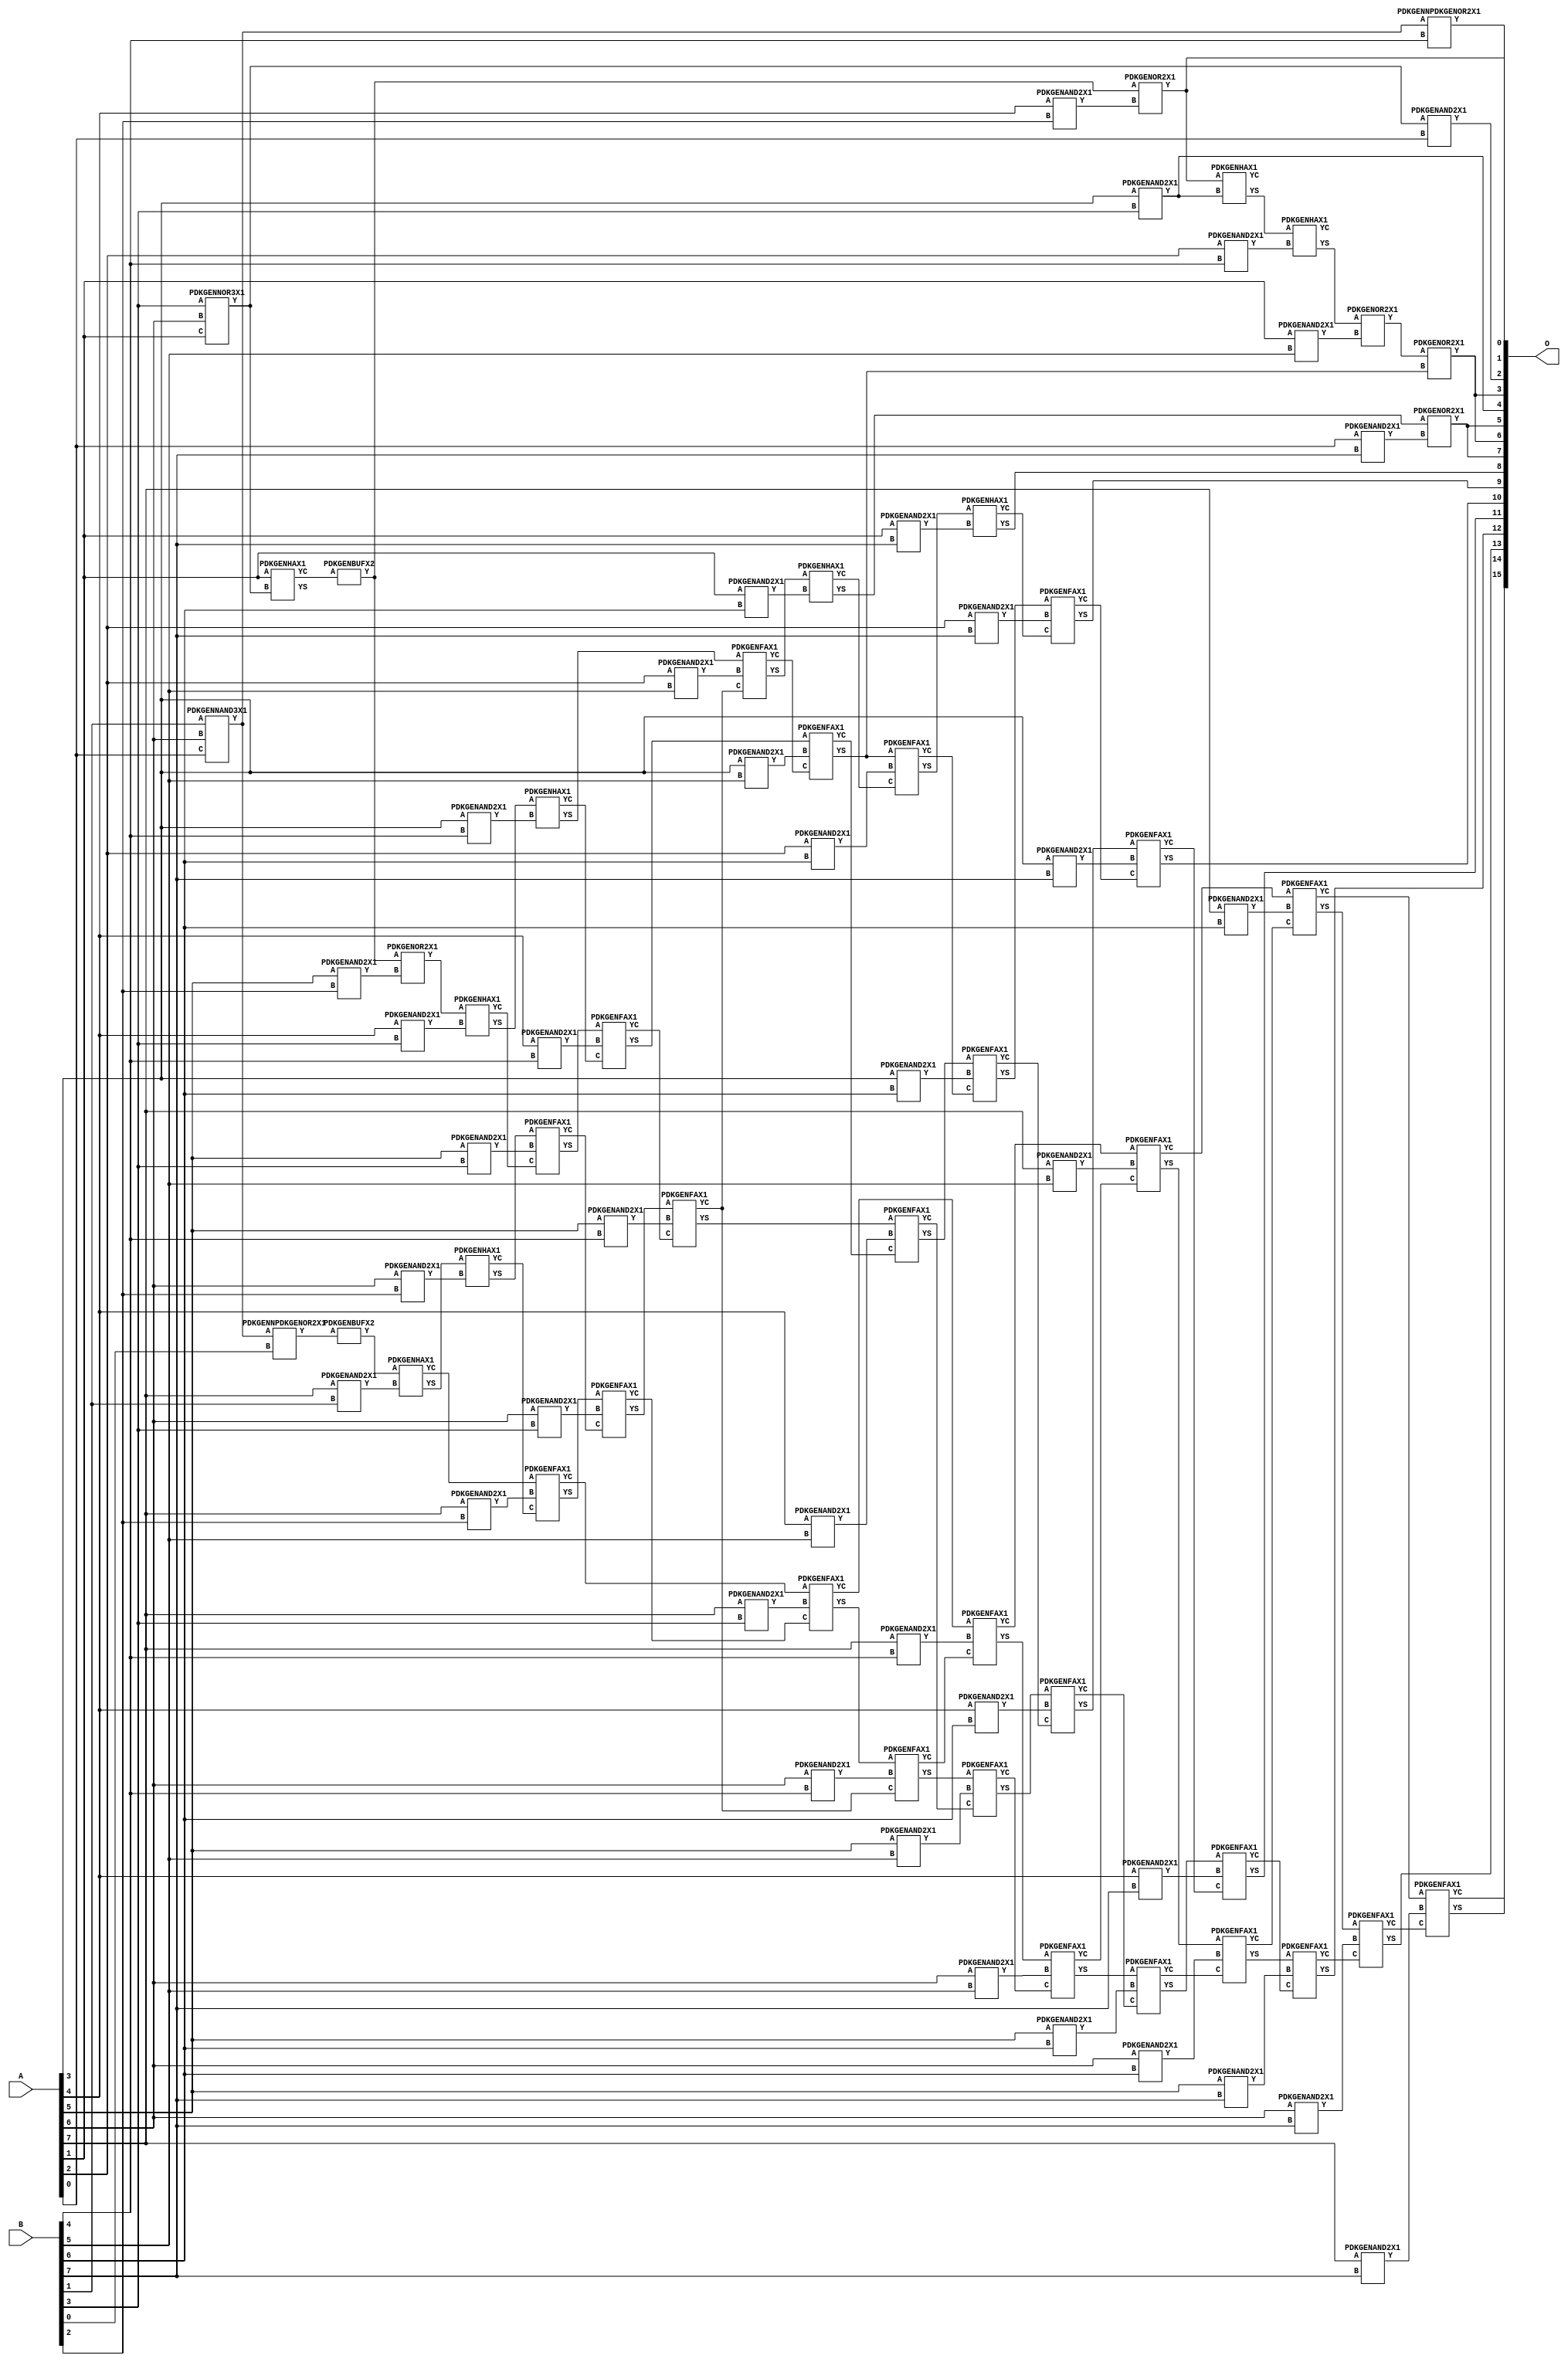
// Library = EvoApprox8b
// Circuit = mul8_332
// Area   (180) = 5444
// Delay  (180) = 4.080
// Power  (180) = 2486.50
// Area   (45) = 392
// Delay  (45) = 1.470
// Power  (45) = 215.50
// Nodes = 85
// HD = 313375
// MAE = 169.68161
// MSE = 48298.73731
// MRE = 4.28 %
// WCE = 1032
// WCRE = 400 %
// EP = 97.9 %

module mul8_332(A, B, O);
  input [7:0] A;
  input [7:0] B;
  output [15:0] O;
  wire [2031:0] N;

  assign N[0] = A[0];
  assign N[1] = A[0];
  assign N[2] = A[1];
  assign N[3] = A[1];
  assign N[4] = A[2];
  assign N[5] = A[2];
  assign N[6] = A[3];
  assign N[7] = A[3];
  assign N[8] = A[4];
  assign N[9] = A[4];
  assign N[10] = A[5];
  assign N[11] = A[5];
  assign N[12] = A[6];
  assign N[13] = A[6];
  assign N[14] = A[7];
  assign N[15] = A[7];
  assign N[16] = B[0];
  assign N[17] = B[0];
  assign N[18] = B[1];
  assign N[19] = B[1];
  assign N[20] = B[2];
  assign N[21] = B[2];
  assign N[22] = B[3];
  assign N[23] = B[3];
  assign N[24] = B[4];
  assign N[25] = B[4];
  assign N[26] = B[5];
  assign N[27] = B[5];
  assign N[28] = B[6];
  assign N[29] = B[6];
  assign N[30] = B[7];
  assign N[31] = B[7];

  PDKGENNAND3X1 n32(.A(N[18]), .B(N[12]), .C(N[0]), .Y(N[32]));
  assign N[33] = N[32];
  PDKGENNOR3X1 n38(.A(N[22]), .B(N[12]), .C(N[2]), .Y(N[38]));
  assign N[39] = N[38];
  PDKGENHAX1 n40(.A(N[2]), .B(N[38]), .YS(N[40]), .YC(N[41]));
  PDKGENNPDKGENOR2X1 n42(.A(N[33]), .B(N[16]), .Y(N[42]));
  assign N[43] = N[42];
  PDKGENBUFX2 n46(.A(N[43]), .Y(N[46]));
  assign N[47] = N[46];
  PDKGENNPDKGENOR2X1 n54(.A(N[33]), .B(N[24]), .Y(N[54]));
  PDKGENAND2X1 n82(.A(N[39]), .B(N[0]), .Y(N[82]));
  assign N[83] = N[82];
  PDKGENAND2X1 n282(.A(N[14]), .B(N[18]), .Y(N[282]));
  PDKGENBUFX2 n376(.A(N[41]), .Y(N[376]));
  assign N[377] = N[376];
  PDKGENHAX1 n414(.A(N[47]), .B(N[282]), .YS(N[414]), .YC(N[415]));
  PDKGENAND2X1 n498(.A(N[8]), .B(N[20]), .Y(N[498]));
  PDKGENAND2X1 n514(.A(N[10]), .B(N[20]), .Y(N[514]));
  PDKGENAND2X1 n532(.A(N[12]), .B(N[20]), .Y(N[532]));
  PDKGENAND2X1 n548(.A(N[14]), .B(N[20]), .Y(N[548]));
  PDKGENOR2X1 n632(.A(N[377]), .B(N[498]), .Y(N[632]));
  assign N[633] = N[632];
  PDKGENOR2X1 n648(.A(N[377]), .B(N[514]), .Y(N[648]));
  PDKGENHAX1 n664(.A(N[414]), .B(N[532]), .YS(N[664]), .YC(N[665]));
  PDKGENFAX1 n682(.A(N[415]), .B(N[548]), .C(N[665]), .YS(N[682]), .YC(N[683]));
  PDKGENAND2X1 n748(.A(N[6]), .B(N[22]), .Y(N[748]));
  assign N[749] = N[748];
  PDKGENAND2X1 n764(.A(N[8]), .B(N[22]), .Y(N[764]));
  PDKGENAND2X1 n782(.A(N[10]), .B(N[22]), .Y(N[782]));
  PDKGENAND2X1 n798(.A(N[12]), .B(N[22]), .Y(N[798]));
  PDKGENAND2X1 n814(.A(N[14]), .B(N[22]), .Y(N[814]));
  PDKGENHAX1 n882(.A(N[632]), .B(N[748]), .YS(N[882]), .YC(N[883]));
  PDKGENHAX1 n898(.A(N[648]), .B(N[764]), .YS(N[898]), .YC(N[899]));
  PDKGENFAX1 n914(.A(N[664]), .B(N[782]), .C(N[899]), .YS(N[914]), .YC(N[915]));
  PDKGENFAX1 n932(.A(N[682]), .B(N[798]), .C(N[915]), .YS(N[932]), .YC(N[933]));
  PDKGENFAX1 n948(.A(N[683]), .B(N[814]), .C(N[933]), .YS(N[948]), .YC(N[949]));
  PDKGENAND2X1 n998(.A(N[4]), .B(N[24]), .Y(N[998]));
  PDKGENAND2X1 n1014(.A(N[6]), .B(N[24]), .Y(N[1014]));
  PDKGENAND2X1 n1032(.A(N[8]), .B(N[24]), .Y(N[1032]));
  PDKGENAND2X1 n1048(.A(N[10]), .B(N[24]), .Y(N[1048]));
  PDKGENAND2X1 n1064(.A(N[12]), .B(N[24]), .Y(N[1064]));
  PDKGENAND2X1 n1082(.A(N[14]), .B(N[24]), .Y(N[1082]));
  PDKGENHAX1 n1132(.A(N[882]), .B(N[998]), .YS(N[1132]), .YC(N[1133]));
  PDKGENHAX1 n1148(.A(N[898]), .B(N[1014]), .YS(N[1148]), .YC(N[1149]));
  PDKGENFAX1 n1164(.A(N[914]), .B(N[1032]), .C(N[1149]), .YS(N[1164]), .YC(N[1165]));
  PDKGENFAX1 n1182(.A(N[932]), .B(N[1048]), .C(N[1165]), .YS(N[1182]), .YC(N[1183]));
  PDKGENFAX1 n1198(.A(N[948]), .B(N[1064]), .C(N[1183]), .YS(N[1198]), .YC(N[1199]));
  PDKGENFAX1 n1214(.A(N[949]), .B(N[1082]), .C(N[1199]), .YS(N[1214]), .YC(N[1215]));
  PDKGENAND2X1 n1248(.A(N[2]), .B(N[26]), .Y(N[1248]));
  PDKGENAND2X1 n1264(.A(N[4]), .B(N[26]), .Y(N[1264]));
  PDKGENAND2X1 n1282(.A(N[6]), .B(N[26]), .Y(N[1282]));
  PDKGENAND2X1 n1298(.A(N[8]), .B(N[26]), .Y(N[1298]));
  PDKGENAND2X1 n1314(.A(N[10]), .B(N[26]), .Y(N[1314]));
  PDKGENAND2X1 n1332(.A(N[12]), .B(N[26]), .Y(N[1332]));
  PDKGENAND2X1 n1348(.A(N[14]), .B(N[26]), .Y(N[1348]));
  PDKGENOR2X1 n1382(.A(N[1132]), .B(N[1248]), .Y(N[1382]));
  PDKGENFAX1 n1398(.A(N[1148]), .B(N[1264]), .C(N[1183]), .YS(N[1398]), .YC(N[1399]));
  PDKGENFAX1 n1414(.A(N[1164]), .B(N[1282]), .C(N[1399]), .YS(N[1414]), .YC(N[1415]));
  PDKGENFAX1 n1432(.A(N[1182]), .B(N[1298]), .C(N[1415]), .YS(N[1432]), .YC(N[1433]));
  PDKGENFAX1 n1448(.A(N[1198]), .B(N[1314]), .C(N[1433]), .YS(N[1448]), .YC(N[1449]));
  PDKGENFAX1 n1464(.A(N[1214]), .B(N[1332]), .C(N[1449]), .YS(N[1464]), .YC(N[1465]));
  PDKGENFAX1 n1482(.A(N[1215]), .B(N[1348]), .C(N[1465]), .YS(N[1482]), .YC(N[1483]));
  PDKGENAND2X1 n1514(.A(N[2]), .B(N[28]), .Y(N[1514]));
  PDKGENAND2X1 n1532(.A(N[4]), .B(N[28]), .Y(N[1532]));
  PDKGENAND2X1 n1548(.A(N[6]), .B(N[28]), .Y(N[1548]));
  PDKGENAND2X1 n1564(.A(N[8]), .B(N[28]), .Y(N[1564]));
  PDKGENAND2X1 n1582(.A(N[10]), .B(N[28]), .Y(N[1582]));
  PDKGENAND2X1 n1598(.A(N[12]), .B(N[28]), .Y(N[1598]));
  PDKGENAND2X1 n1614(.A(N[14]), .B(N[28]), .Y(N[1614]));
  PDKGENOR2X1 n1632(.A(N[1382]), .B(N[1414]), .Y(N[1632]));
  PDKGENHAX1 n1648(.A(N[1398]), .B(N[1514]), .YS(N[1648]), .YC(N[1649]));
  PDKGENFAX1 n1664(.A(N[1414]), .B(N[1532]), .C(N[1649]), .YS(N[1664]), .YC(N[1665]));
  PDKGENFAX1 n1682(.A(N[1432]), .B(N[1548]), .C(N[1665]), .YS(N[1682]), .YC(N[1683]));
  PDKGENFAX1 n1698(.A(N[1448]), .B(N[1564]), .C(N[1683]), .YS(N[1698]), .YC(N[1699]));
  PDKGENFAX1 n1714(.A(N[1464]), .B(N[1582]), .C(N[1699]), .YS(N[1714]), .YC(N[1715]));
  PDKGENFAX1 n1732(.A(N[1482]), .B(N[1598]), .C(N[1715]), .YS(N[1732]), .YC(N[1733]));
  PDKGENFAX1 n1748(.A(N[1483]), .B(N[1614]), .C(N[1733]), .YS(N[1748]), .YC(N[1749]));
  PDKGENAND2X1 n1764(.A(N[0]), .B(N[30]), .Y(N[1764]));
  PDKGENAND2X1 n1782(.A(N[2]), .B(N[30]), .Y(N[1782]));
  PDKGENAND2X1 n1798(.A(N[4]), .B(N[30]), .Y(N[1798]));
  PDKGENAND2X1 n1814(.A(N[6]), .B(N[30]), .Y(N[1814]));
  PDKGENAND2X1 n1832(.A(N[8]), .B(N[30]), .Y(N[1832]));
  PDKGENAND2X1 n1848(.A(N[10]), .B(N[30]), .Y(N[1848]));
  PDKGENAND2X1 n1864(.A(N[12]), .B(N[30]), .Y(N[1864]));
  PDKGENAND2X1 n1882(.A(N[14]), .B(N[30]), .Y(N[1882]));
  PDKGENOR2X1 n1898(.A(N[1648]), .B(N[1764]), .Y(N[1898]));
  PDKGENHAX1 n1914(.A(N[1664]), .B(N[1782]), .YS(N[1914]), .YC(N[1915]));
  PDKGENFAX1 n1932(.A(N[1682]), .B(N[1798]), .C(N[1915]), .YS(N[1932]), .YC(N[1933]));
  PDKGENFAX1 n1948(.A(N[1698]), .B(N[1814]), .C(N[1933]), .YS(N[1948]), .YC(N[1949]));
  PDKGENFAX1 n1964(.A(N[1714]), .B(N[1832]), .C(N[1949]), .YS(N[1964]), .YC(N[1965]));
  PDKGENFAX1 n1982(.A(N[1732]), .B(N[1848]), .C(N[1965]), .YS(N[1982]), .YC(N[1983]));
  PDKGENFAX1 n1998(.A(N[1748]), .B(N[1864]), .C(N[1983]), .YS(N[1998]), .YC(N[1999]));
  PDKGENFAX1 n2014(.A(N[1749]), .B(N[1882]), .C(N[1999]), .YS(N[2014]), .YC(N[2015]));

  assign O[0] = N[633];
  assign O[1] = N[54];
  assign O[2] = N[83];
  assign O[3] = N[1632];
  assign O[4] = N[749];
  assign O[5] = N[1898];
  assign O[6] = N[1632];
  assign O[7] = N[1898];
  assign O[8] = N[1914];
  assign O[9] = N[1932];
  assign O[10] = N[1948];
  assign O[11] = N[1964];
  assign O[12] = N[1982];
  assign O[13] = N[1998];
  assign O[14] = N[2014];
  assign O[15] = N[2015];

endmodule
/* mod */
module PDKGENFAX1( input A, input B, input C, output YS, output YC );
    assign YS = (A ^ B) ^ C;
    assign YC = (A & B) | (B & C) | (A & C);
endmodule
/* mod */
module PDKGENAND2X1(input A, input B, output Y );
     assign Y = A & B;
endmodule
/* mod */
module PDKGENNOR3X1(input A, input B, input C, output Y );
     assign Y = ~((A | B) | C);
endmodule
/* mod */
module PDKGENHAX1( input A, input B, output YS, output YC );
    assign YS = A ^ B;
    assign YC = A & B;
endmodule
/* mod */
module PDKGENNPDKGENOR2X1(input A, input B, output Y );
     assign Y = ~(A | B);
endmodule
/* mod */
module PDKGENNAND3X1(input A, input B, input C, output Y );
     assign Y = ~((A & B) & C);
endmodule
/* mod */
module PDKGENBUFX2(input A, output Y );
     assign Y = A;
endmodule
/* mod */
module PDKGENOR2X1(input A, input B, output Y );
     assign Y = A | B;
endmodule